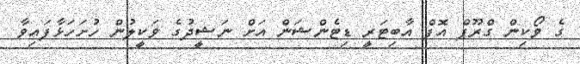
ގެ ވޯކިން ގްރޫޕް އޮފް އާބިޓަރީ ޑިޓެންޝަން އަށް ނަޝީދުގެ ވަކީލުން ހުށަހަޅާފައިވާ